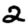
Digit: 2